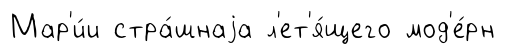
Мар'и́и стра́шнаjа л'ет'я́щего мод'е́рн